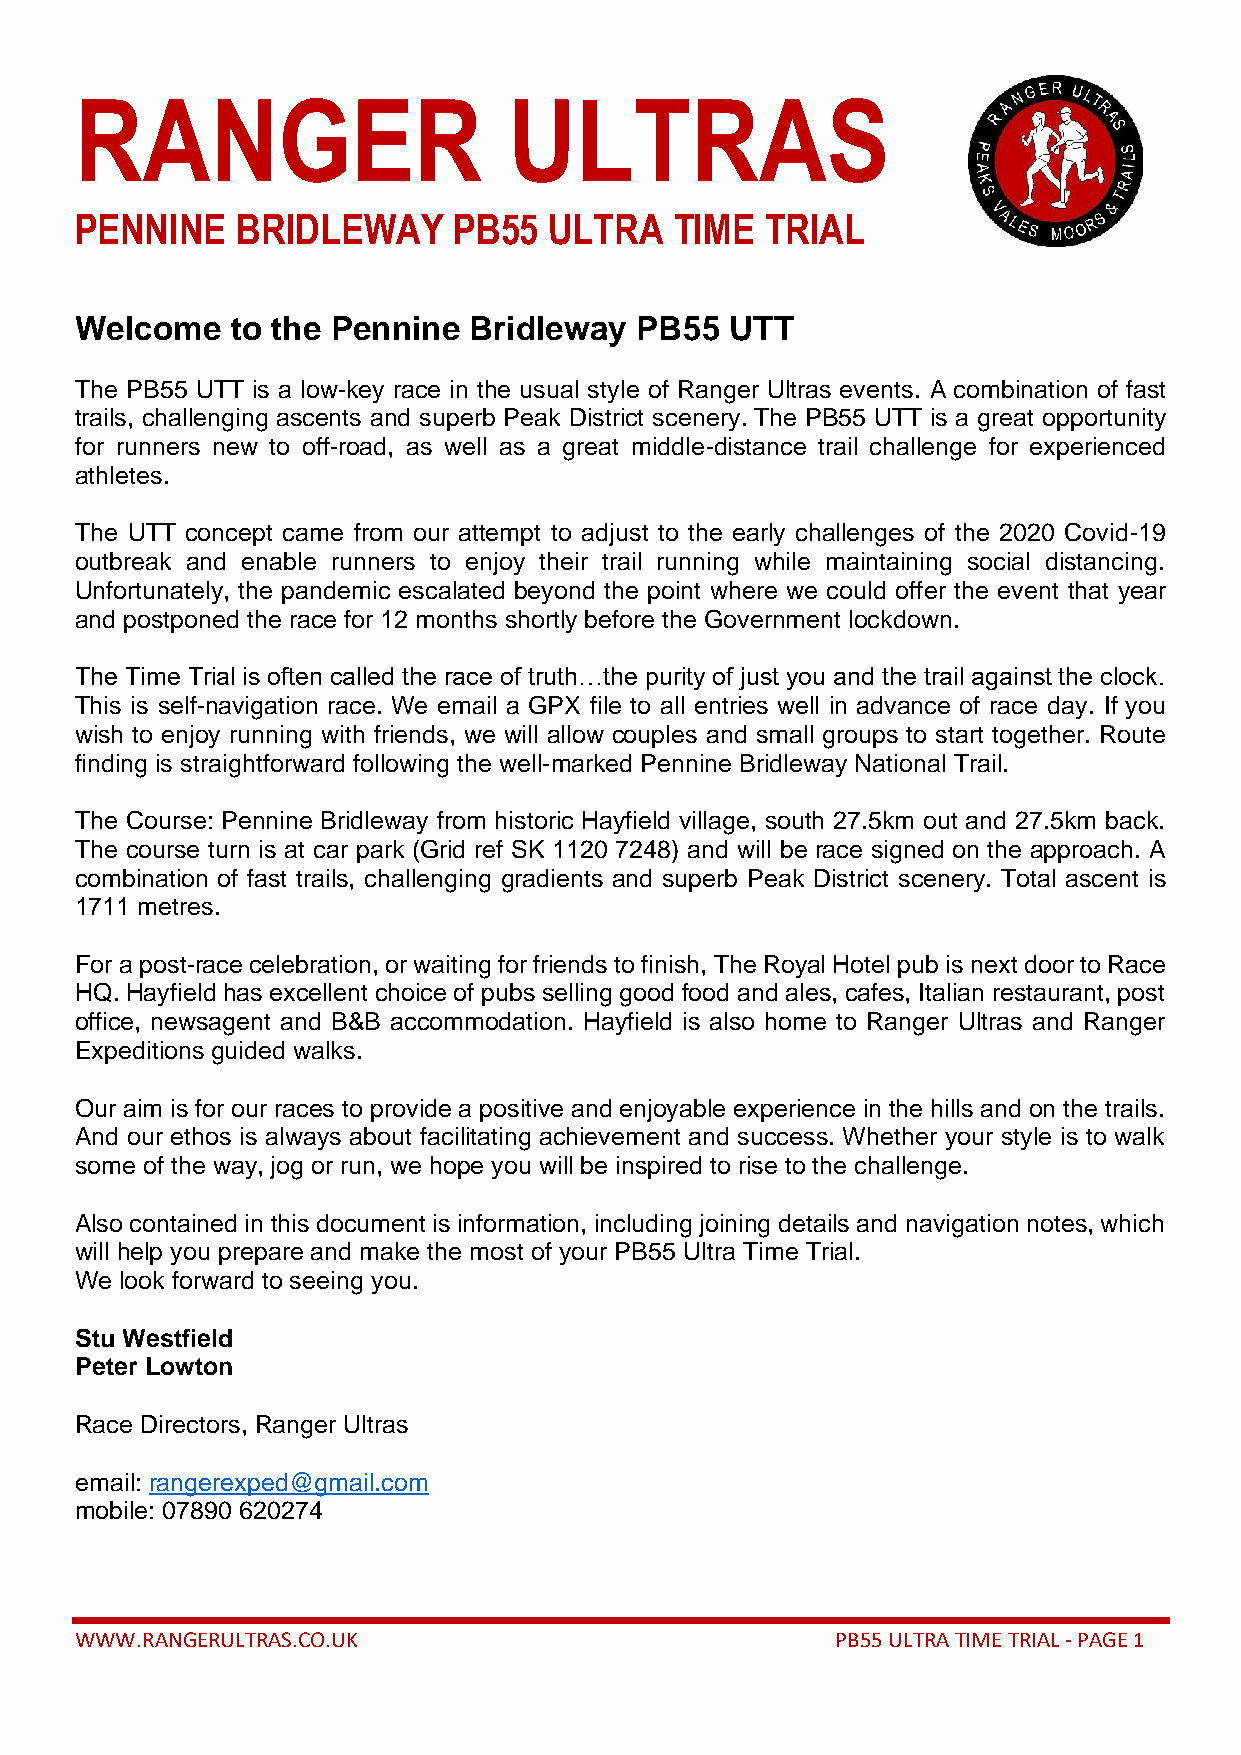
RANGER                       ULTRAS
 PENNINE    BRIDLEWAY     PB55  ULTRA    TIME  TRIAL
 Welcome   to the Pennine  Bridleway  PB55  UTT
 The PB55 UTT is a low-key race in the usual style of Ranger Ultras events. A combination of fast
 trails, challenging ascents and superb Peak District scenery. The PB55 UTT is a great opportunity
 for runners new to off-road, as well as a great middle-distance trail challenge for experienced
 athletes.
 The UTT concept came from our attempt to adjust to the early challenges of the 2020 Covid-19
 outbreak and enable runners to enjoy their trail running while maintaining social distancing.
 Unfortunately, the pandemic escalated beyond the point where we could offer the event that year
 and postponed the race for 12 months shortly before the Government lockdown.
 The Time Trial is often called the race of truth…the purity of just you and the trail against the clock.
 This is self-navigation race. We email a GPX file to all entries well in advance of race day. If you
 wish to enjoy running with friends, we will allow couples and small groups to start together. Route
 finding is straightforward following the well-marked Pennine Bridleway National Trail.
 The Course: Pennine Bridleway from historic Hayfield village, south 27.5km out and 27.5km back.
 The course turn is at car park (Grid ref SK 1120 7248) and will be race signed on the approach. A
 combination of fast trails, challenging gradients and superb Peak District scenery. Total ascent is
 1711 metres.
 For a post-race celebration, or waiting for friends to finish, The Royal Hotel pub is next door to Race
 HQ. Hayfield has excellent choice of pubs selling good food and ales, cafes, Italian restaurant, post
 office, newsagent and B&B accommodation. Hayfield is also home to Ranger Ultras and Ranger
 Expeditions guided walks.
 Our aim is for our races to provide a positive and enjoyable experience in the hills and on the trails.
 And our ethos is always about facilitating achievement and success. Whether your style is to walk
 some of the way, jog or run, we hope you will be inspired to rise to the challenge.
 Also contained in this document is information, including joining details and navigation notes, which
 will help you prepare and make the most of your PB55 Ultra Time Trial.
 We look forward to seeing you.
 Stu Westfield
 Peter Lowton
 Race Directors, Ranger Ultras
 email: rangerexped@gmail.com
 mobile: 07890 620274
 WWW.RANGERULTRAS.CO.UK                            PB55 ULTRA TIME TRIAL - PAGE 1